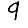
Digit: 9